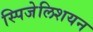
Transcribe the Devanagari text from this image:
स्पिजेलिशयन